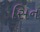
સિન